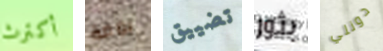
أكترث بومة تضييق بثور دونلي